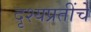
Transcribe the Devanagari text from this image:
दृश्यप्रतींचे